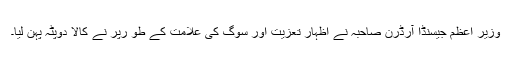
وزیر اعظم جیسنڈا آرڈرن صاحبہ نے اظہار تعزیت اور سوگ کی علامت کے طو رپر نے کالا دوپٹہ پہن لیا۔